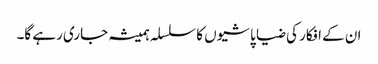
ان کے افکار کی ضیا پاشیوں کا سلسلہ ہمیشہ جاری رہے گا۔